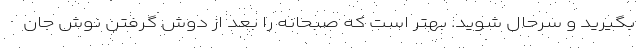
بگیرید و سرحال شوید. بهتر است که صبحانه را بعد از دوش گرفتن نوش جان